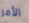
الأمر